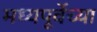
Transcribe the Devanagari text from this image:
मध्यपूर्वेच्या